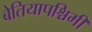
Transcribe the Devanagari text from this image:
बेतियापश्चिमी